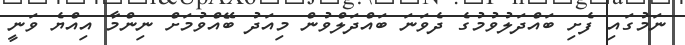
ނަމުގައި ފެށި ބައްދަލުވުމުގެ ދެވަނަ ބައްދަލްވުން މިއަދު ބޭއްވުމަށް ނިންމާ އިއްޔެ ވަނީ